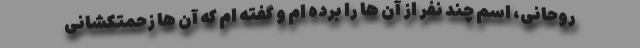
روحانی، اسم چند نفر از آن ها را برده ام و گفته ام که آن ها زحمتکشانی